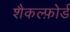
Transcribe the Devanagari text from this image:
शैकल्फ़ोर्ड